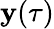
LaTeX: \mathbf{y}(\tau)